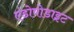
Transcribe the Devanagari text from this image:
एंडोपोडाइट